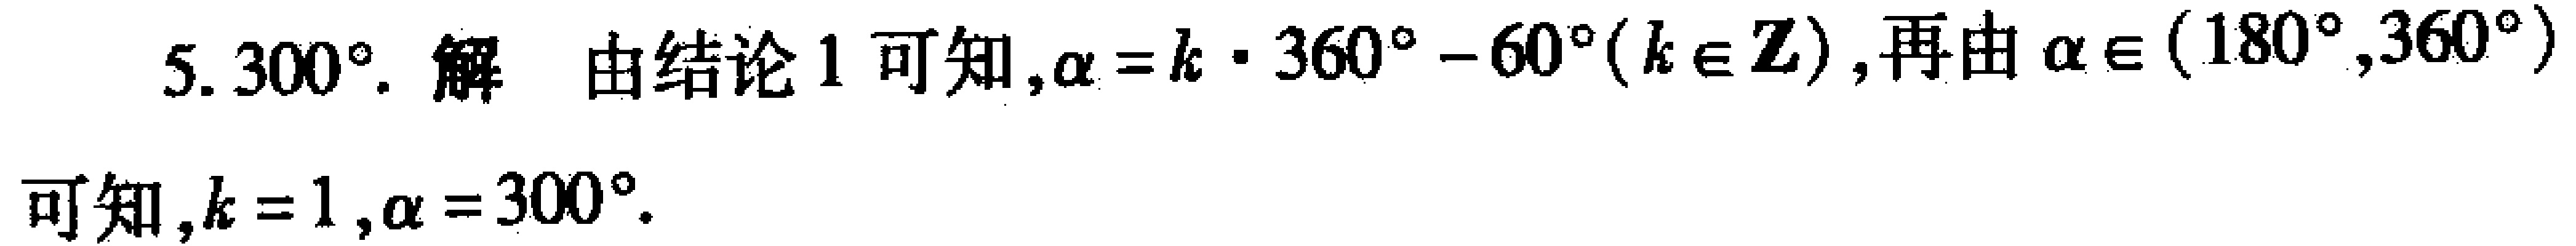
5. \(300^{\circ}\). 解 由结论1可知，\(\alpha = k\cdot360^{\circ}-60^{\circ}(k\in\mathbb{Z})\)，再由\(\alpha\in(180^{\circ},360^{\circ})\)可知，\(k = 1\)，\(\alpha = 300^{\circ}\).